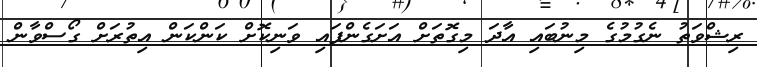
ރިޝްވަތު ނެގުމުގެ މިނުބައި އާދަ މިގޮތަށް އަށަގެންފައި ވަނިކޮށް ކަންކަން އިތުރަށް ގޯސްވާން